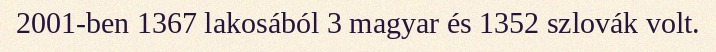
2001-ben 1367 lakosából 3 magyar és 1352 szlovák volt.